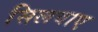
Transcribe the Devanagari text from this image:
सिलवाए